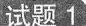
试题 1